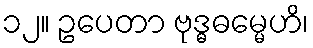
၁၂။ ဥပေတာ ဗုဒ္ဓဓမ္မေဟိ၊